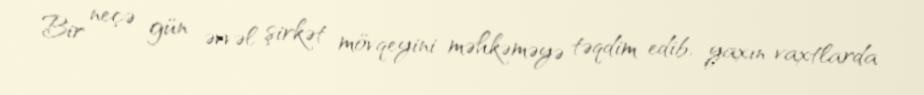
Bir neçə gün əvvəl şirkət mövqeyini məhkəməyə təqdim edib, yaxın vaxtlarda